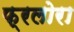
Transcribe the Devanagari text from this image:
फ्रलोरा